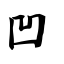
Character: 凹